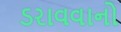
ડરાવવાનો